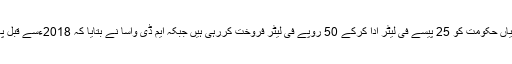
دوران سماعت وفاقی حکومت کے وکیل نے عدالت کو بتایا کہ کمپنیاں حکومت کو 25 پیسے فی لیٹر ادا کرکے 50 روپے فی لیٹر فروخت کررہی ہیں جبکہ ایم ڈی واسا نے بتایا کہ 2018ءسے قبل پانی فروخت کرنے والی کمپنیاں زمین سے مفت پانی نکال رہی ہیں۔